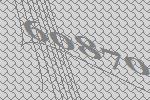
60870